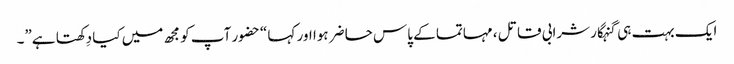
ایک بہت ہی گنہگار شرابی قاتل ، مہاتما کے پاس حاضر ہوا اور کہا “حضور آپ کو مجھ میں کیا دِکھتا ہے”۔